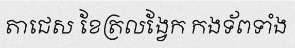
តាជេស ខែត្រលង្វែក កងទ័ពទាំង